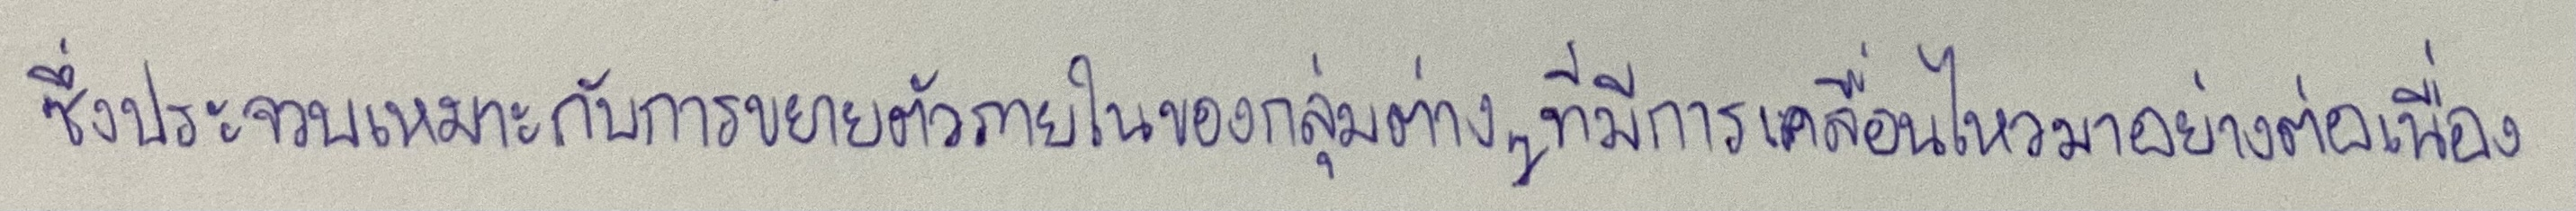
ซึ่งประจวบเหมาะกับการขยายตัวภายในของกลุ่มต่างๆที่มีการเคลื่อนไหวมาอย่างต่อเนื่อง